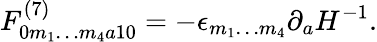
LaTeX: F_{0m_{1}\ldots m_{4}a10}^{(7)}=-\epsilon_{m_{1}\ldots m_{4}}\partial_{a}H^{-1}.